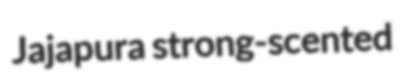
Jajapura strong-scented